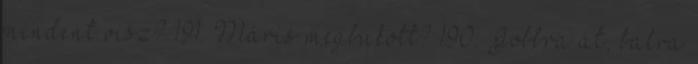
mindent visz? 191. Máris megbukott? 190. Jobbra át, balra